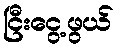
ငြီးငွေ့ဖွယ်